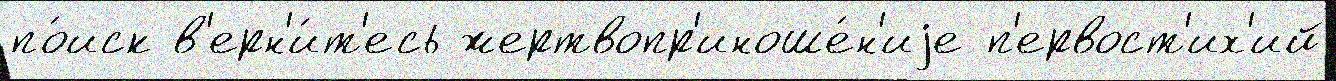
по́иск в'ерн'и́т'есь жертвопр'иноше́н'иjе п'ервост'их'ий